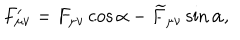
F _ { \mu \nu } ^ { \prime } = F _ { \mu \nu } \cos \alpha - \widetilde { F } _ { \mu \nu } \sin \alpha ,